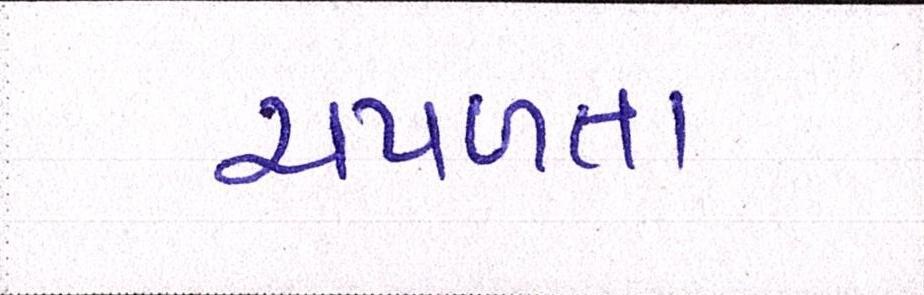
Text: ચપળતા